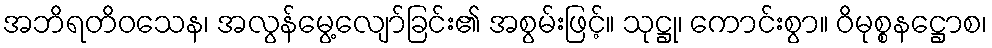
အဘိရတိဝသေန၊ အလွန်မွေ့လျော်ခြင်း၏ အစွမ်းဖြင့်။ သုဋ္ဌု၊ ကောင်းစွာ။ ဝိမုစ္စနဋ္ဌောစ၊